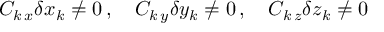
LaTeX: C _ { k \, x } \delta x _ { k } \neq 0 \, , \quad C _ { k \, y } \delta y _ { k } \neq 0 \, , \quad C _ { k \, z } \delta z _ { k } \neq 0